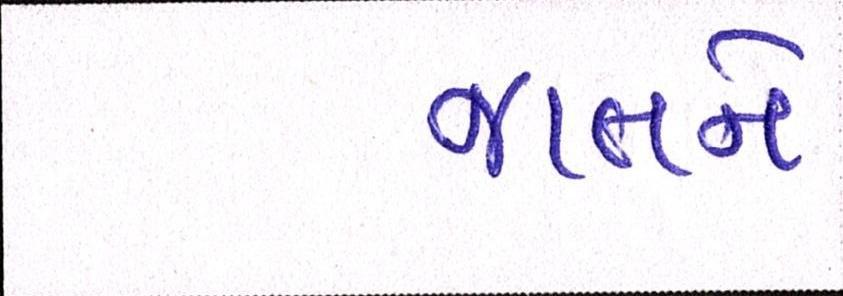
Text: જાતને